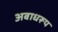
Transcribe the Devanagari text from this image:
अबाधरूप